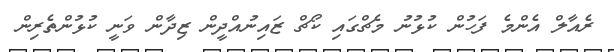
ރެއާލް އެންމެ ފަހުން ކުޅުނު މެޗްގައި ކޯޗް ޒައިނުއްދީން ޒިދާން ވަނީ ކުޅުންތެރިން